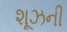
શૂઝની